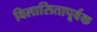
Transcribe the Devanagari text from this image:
विलासितापूर्वक